Rangoon Lunatic Asylum 1878-1892 - 1878-1892
Year: 1878
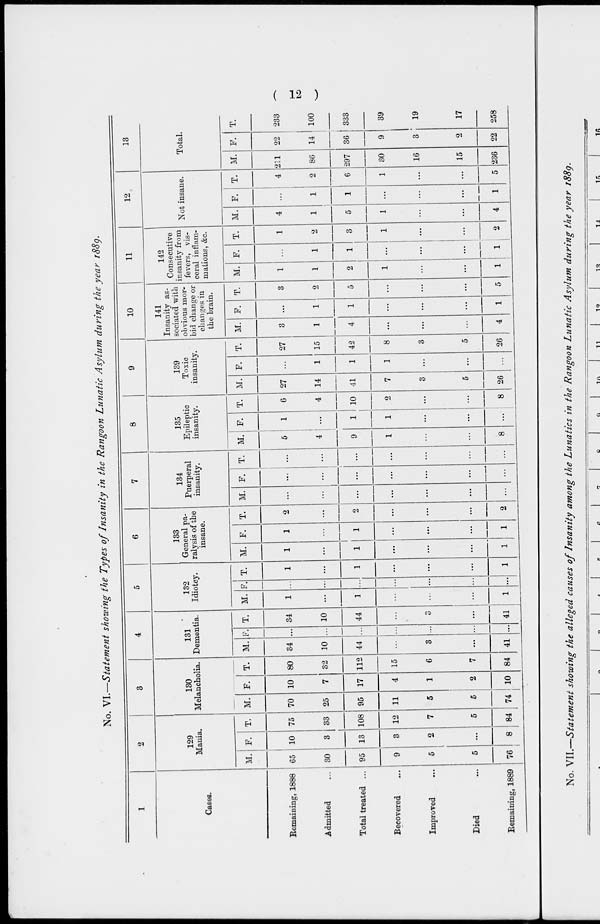
( 12 )
No. VI.—Statement showing the Types of Insanity in the Rangoon Lunatic Asylum during the year 1889.
1
Cases.
Remaining, 1888
Admitted ...
Total treated ...
Recovered ...
Improved ...
Died ...
Remaining, 1889
2
129
Mania.
M.
65
30
95
9
5
5
76
F.
10
3
13
3
2
...
8
T.
75
33
108
12
7
5
84
3
130
Melancholia.
M.
70
25
95
11
5
5
74
F.
10
7
17
4
1
2
10
T.
80
32
112
15
6
7
84
4
131
Dementia.
M.
34
10
44
...
3
...
41
F.
...
...
...
...
...
...
...
T.
34
10
44
...
3
...
41
5
132
Idiotcy.
M.
1
...
1
...
...
...
1
F.
...
...
...
...
...
...
...
T.
1
...
1
...
...
...
1
6
133
General pa-
ralysis of the
insane.
M.
1
...
1
...
...
...
1
F.
1
...
1
...
...
...
1
T.
2
...
2
...
...
...
2
7
134
Puerperal
insanity.
M.
...
...
...
...
...
...
...
F.
...
...
...
...
...
...
...
T.
...
...
...
...
...
...
...
8
135
Epileptic
insanity.
M.
5
4
9
1
...
...
8
F.
1
...
1
1
...
...
...
T.
6
4
10
2
...
...
8
9
139
Toxic
insanity.
M.
27
14
41
7
3
5
26
F.
...
1
1
1
...
...
...
T.
27
15
42
8
3
5
26
10
141
Insanity as-
sociated with
obvious mor-
bid change or
changes in
the brain.
M.
3
1
4
...
...
...
4
F.
...
1
1
...
...
...
1
T.
3
2
5
...
...
...
5
11
142
Consecutive
insanity from
fevers, vis-
ceral inflam-
mations, &c.
M.
1
1
2
1
...
...
1
F.
...
1
1
...
...
...
1
T.
1
2
3
1
...
...
2
12
Not insane.
M.
4
1
5
1
...
...
4
F.
...
1
1
...
...
...
1
T.
4
2
6
1
...
...
5
13
Total.
M.
211
86
297
30
16
15
236
F.
22
14
36
9
3
2
22
T.
233
100
333
39
19
17
258